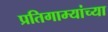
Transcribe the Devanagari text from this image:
प्रतिगाम्यांच्या